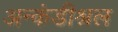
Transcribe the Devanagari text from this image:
अन्कंडीश्नल